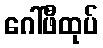
ဂေါ်ဖီထုပ်